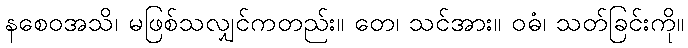
နစေဝအသိ၊ မဖြစ်သလျှင်ကတည်း။ တေ၊ သင်အား။ ဝဓံ၊ သတ်ခြင်းကို။